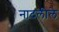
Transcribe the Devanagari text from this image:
नादलीले